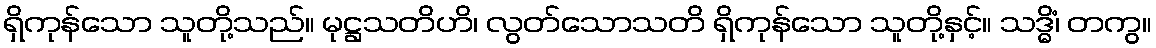
ရှိကုန်သော သူတို့သည်။ မုဋ္ဌသတိဟိ၊ လွတ်သောသတိ ရှိကုန်သော သူတို့နှင့်။ သဒ္ဓိံ၊ တကွ။